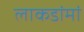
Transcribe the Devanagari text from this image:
लाकडांमां